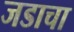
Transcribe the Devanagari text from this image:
जडाचा